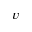
v